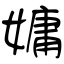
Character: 嫞